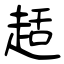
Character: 趏